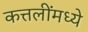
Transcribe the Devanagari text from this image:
कत्तलींमध्ये